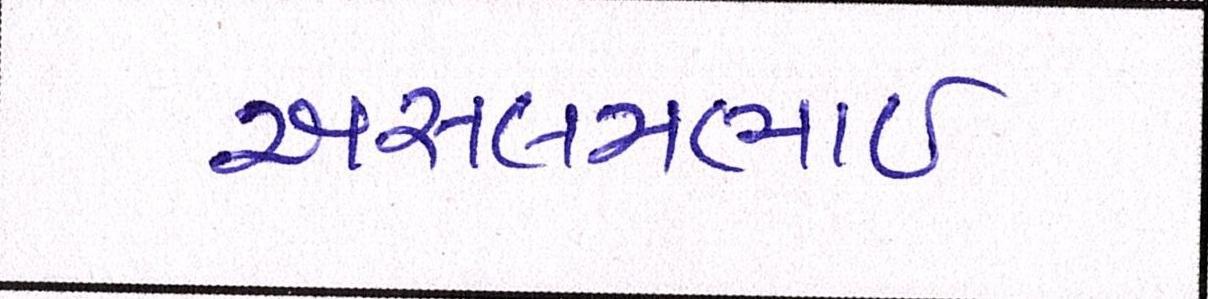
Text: અસલમભાઈ